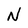
Character: N